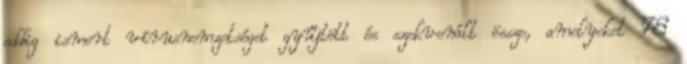
eddig ismert vírusnemzetséget gyűjtött és szekvenált össze, amelyeket 78